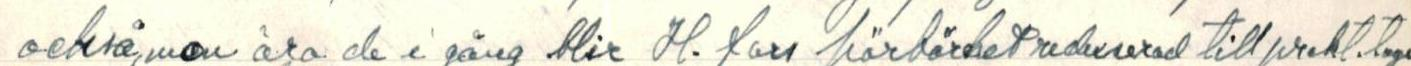
också, men ära de i gång blir H.fors hörbärhet reduserad till prekt.tug